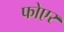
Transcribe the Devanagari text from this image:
फोएर